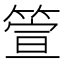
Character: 箮